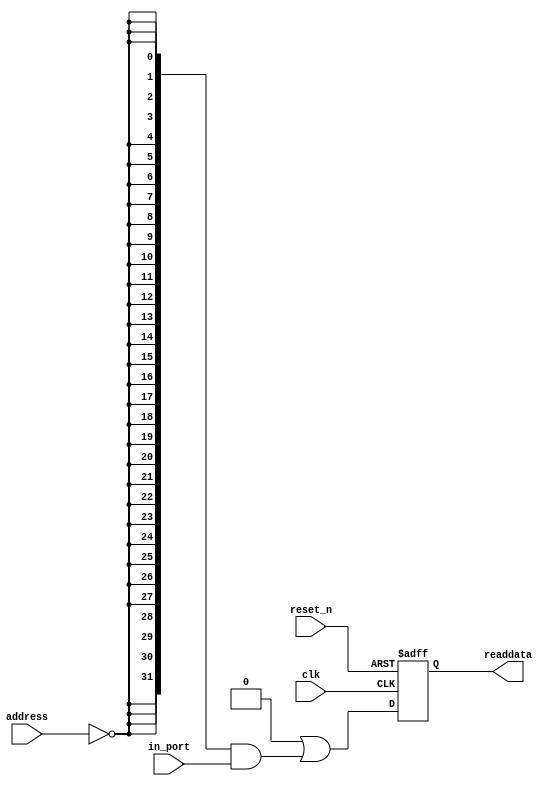
// This program was cloned from: https://github.com/cxdzyq1110/posture_recognition_CNN
// License: GNU General Public License v3.0

//Legal Notice: (C)2018 Altera Corporation. All rights reserved.  Your
//use of Altera Corporation's design tools, logic functions and other
//software and tools, and its AMPP partner logic functions, and any
//output files any of the foregoing (including device programming or
//simulation files), and any associated documentation or information are
//expressly subject to the terms and conditions of the Altera Program
//License Subscription Agreement or other applicable license agreement,
//including, without limitation, that your use is for the sole purpose
//of programming logic devices manufactured by Altera and sold by Altera
//or its authorized distributors.  Please refer to the applicable
//agreement for further details.

// synthesis translate_off
`timescale 1ns / 1ps
// synthesis translate_on

// turn off superfluous verilog processor warnings 
// altera message_level Level1 
// altera message_off 10034 10035 10036 10037 10230 10240 10030 

module soc_system_cnn_inst_info (
                                  // inputs:
                                   address,
                                   clk,
                                   in_port,
                                   reset_n,

                                  // outputs:
                                   readdata
                                )
;

  output  [ 31: 0] readdata;
  input   [  1: 0] address;
  input            clk;
  input   [ 31: 0] in_port;
  input            reset_n;

  wire             clk_en;
  wire    [ 31: 0] data_in;
  wire    [ 31: 0] read_mux_out;
  reg     [ 31: 0] readdata;
  assign clk_en = 1;
  //s1, which is an e_avalon_slave
  assign read_mux_out = {32 {(address == 0)}} & data_in;
  always @(posedge clk or negedge reset_n)
    begin
      if (reset_n == 0)
          readdata <= 0;
      else if (clk_en)
          readdata <= {32'b0 | read_mux_out};
    end


  assign data_in = in_port;

endmodule